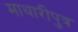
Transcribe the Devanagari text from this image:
माथारीपुत्र